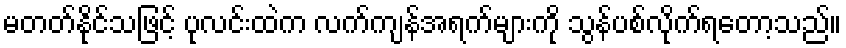
မတတ်နိုင်သဖြင့် ပုလင်းထဲက လက်ကျန်အရက်များကို သွန်ပစ်လိုက်ရတော့သည်။